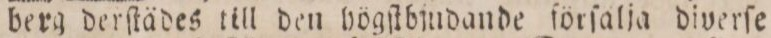
berg derſtädes till den högſtbjudande ſörſälja diverſe